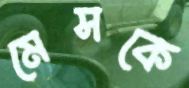
মেসকে